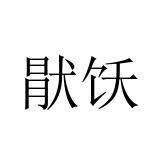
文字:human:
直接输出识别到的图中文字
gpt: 猒饫